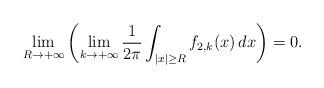
LaTeX: \begin{align*}\lim_{R\to+\infty} \left(\lim_{k\to+\infty} \frac{1}{2\pi} \int_{|x|\geq R} f_{2,k} (x) \, dx \right) = 0.\end{align*}